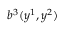
b ^ { 3 } ( y ^ { 1 } , y ^ { 2 } )